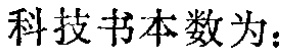
科技书本数为：